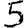
Digit: 5